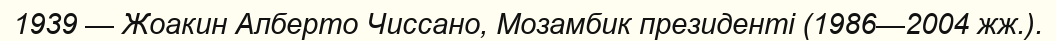
1939 — Жоакин Алберто Чиссано, Мозамбик президенті (1986—2004 жж.).